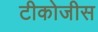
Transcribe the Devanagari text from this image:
टीकोजीस